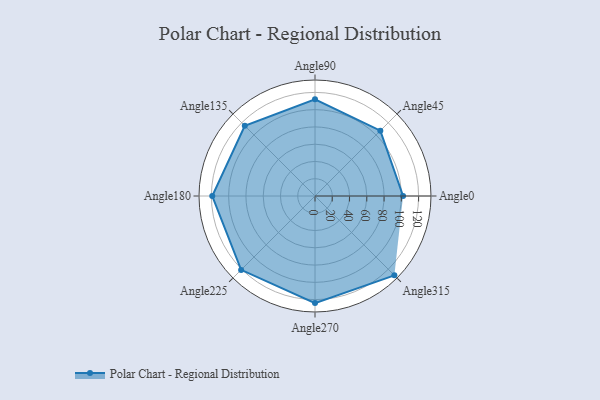
{"axis": {"x": "Angle", "y": "Radius"}, "legend": [""], "data": [{"x": "Angle0", "y": 102.0, "type": ""}, {"x": "Angle45", "y": 107.0, "type": ""}, {"x": "Angle90", "y": 112.0, "type": ""}, {"x": "Angle135", "y": 115.0, "type": ""}, {"x": "Angle180", "y": 119.0, "type": ""}, {"x": "Angle225", "y": 121.0, "type": ""}, {"x": "Angle270", "y": 124.0, "type": ""}, {"x": "Angle315", "y": 130.0, "type": ""}]}